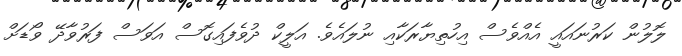
ލޮލުން ކަރުނައައީ އެއްވެސް އިހުތިޔާރަކާއި ނުލައެވެ. އަލީކް ދުވެފައިގޮސް އަވަސް ފަރުވާދޭ ވޯޑަށް